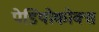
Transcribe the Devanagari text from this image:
पेडियोकोक्स